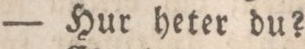
— Hur heter du?